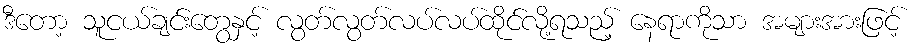
ဒီတော့ သူငယ်ချင်းတွေနှင့် လွတ်လွတ်လပ်လပ်ထိုင်လို့ရသည့် နေရာကိုသာ အများအားဖြင့်